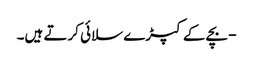
- بچے کے کپڑے سلائی کرتے ہیں۔